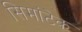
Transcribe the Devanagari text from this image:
सिमांटेक